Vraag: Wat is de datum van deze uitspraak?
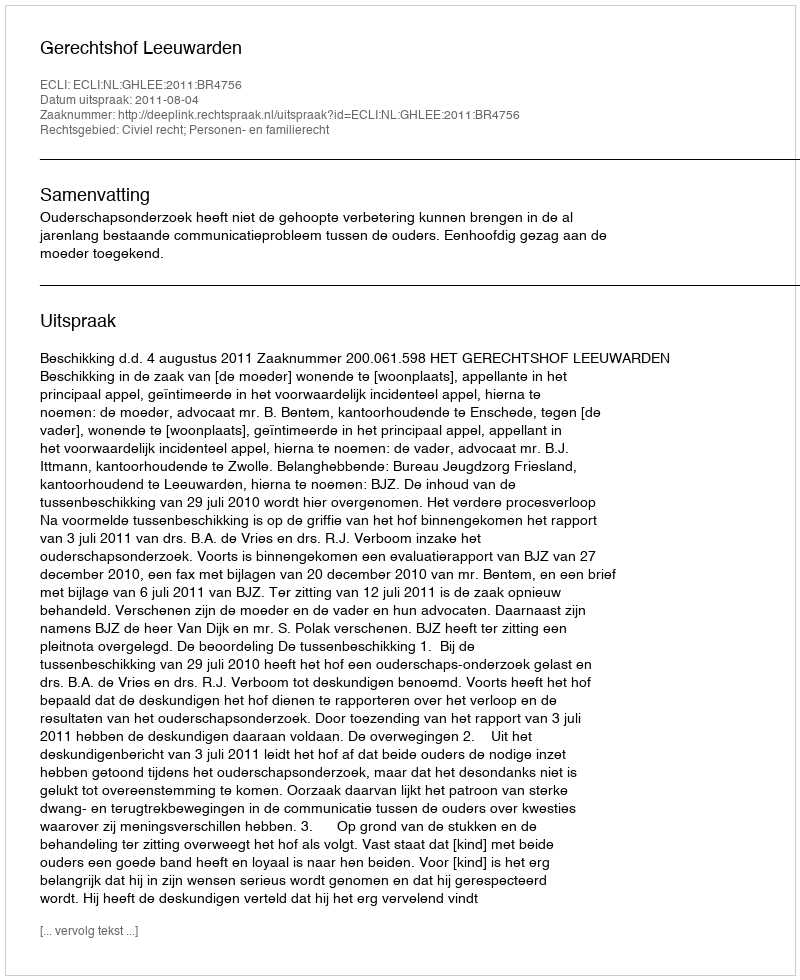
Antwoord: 2011-08-04